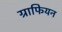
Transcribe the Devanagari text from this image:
ग्राफियन